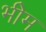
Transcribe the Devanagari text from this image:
भीेम